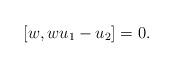
LaTeX: \begin{align*} [ w, w u_1 - u_2 ] = 0.\end{align*}